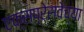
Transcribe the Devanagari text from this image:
एक्सप्रेसवेच्या